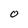
Character: O